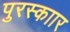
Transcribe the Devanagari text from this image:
पुरस्काार